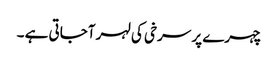
چہرے پر سرخی کی لہر آجاتی ہے ۔